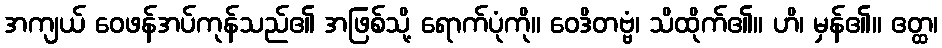
အကျယ် ဝေဖန်အပ်ကုန်သည်၏ အဖြစ်သို့ ရောက်ပုံကို။ ဝေဒိတဗ္ဗံ၊ သိထိုက်၏။ ဟိ၊ မှန်၏။ ဧတ္ထ၊